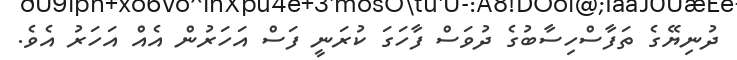
ދުނިޔޭގެ ތަފާސްހިސާބުގެ ދުވަސް ފާހަގަ ކުރަނީ ފަސް އަހަރުން އެއް އަހަރު އެވެ.